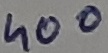
Text: 400